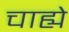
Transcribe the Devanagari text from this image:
चाह्ये